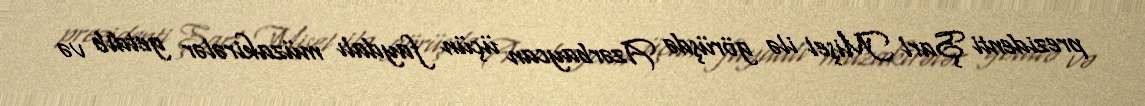
prezidenti Şarl Mişel ilə görüşdə Azərbaycan üçün faydalı müzakirələr getdib və